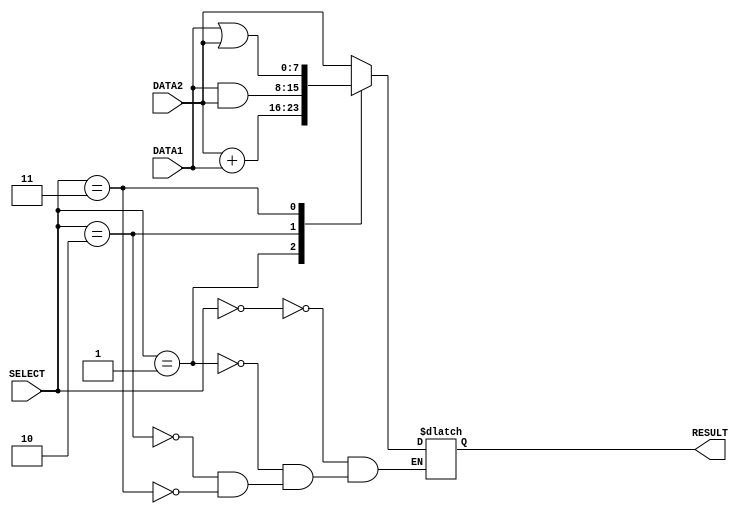

/*
E/16/388
Lab 05 part 1
8 bit ALU
Supports  add, sub, and, or, mov, and loadi instructions.
*/






/*
Below 8 bit alu can do addition, mov/loadi, bitwise AND, bitwise OR operations in this level.
*/

module alu(DATA1, DATA2, RESULT, SELECT);					//8 bit ALU
															
	input [7:0] DATA1, DATA2;								//8 bit input operands to ALU
	input [2:0] SELECT;										//3 bit selection input to ALU
	output  reg[7:0] RESULT;								//8 bit output register to store reults

	


	always @(DATA1, DATA2, SELECT) 							//always block sensitive to these inputs
	begin
		
		case(SELECT)										//case block sensitive to SELECT input

		3'b000 : #1 RESULT =  DATA2 ;						//if SELECT = 000 mov/loadi instruction with 1 time unit delay
		3'b001 : #2 RESULT = DATA2 + DATA1;					//if SELECT = 001 add/sub instruction 2 time unit delay
		3'b010 : #1 RESULT = DATA1 & DATA2;					//if SELECT = 010 bitwise & operation of DATA1 and DATA2 1 time unit delay
		3'b011 : #1 RESULT = DATA1 | DATA2;					//if SELECT = 011 bitwise or operation of DATA1 and DATA2 1 time unit delay
		default: $display("Reserved for future functional units.Operation unknown.Display previous RESULT.");		//if SELECT is something else it is reserved for future development
					
					
		endcase	

	end




endmodule